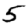
Digit: 5